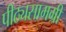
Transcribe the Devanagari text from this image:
पीठ्यसामग्री